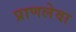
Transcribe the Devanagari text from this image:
प्राणलेवा